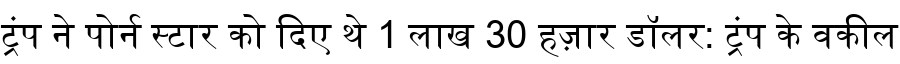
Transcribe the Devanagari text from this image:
ट्रंप ने पोर्न स्टार को दिए थे 1 लाख 30 हज़ार डॉलर: ट्रंप के वकील